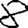
Digit: 8